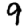
Digit: 9